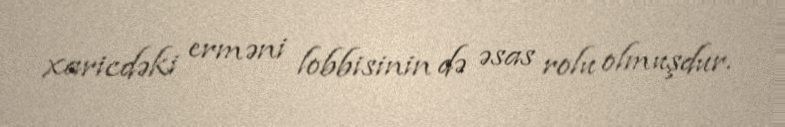
xaricdəki erməni lobbisinin də əsas rolu olmuşdur.